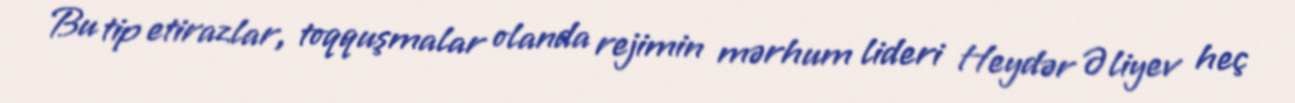
Bu tip etirazlar, toqquşmalar olanda rejimin mərhum lideri Heydər Əliyev heç